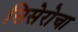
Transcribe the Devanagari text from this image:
सिसेरोचा